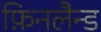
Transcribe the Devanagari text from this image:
फ़िनलैन्ड